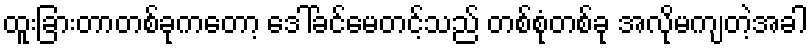
ထူးခြားတာတစ်ခုကတော့ ဒေါ်ခင်မေတင့်သည် တစ်စုံတစ်ခု အလိုမကျတဲ့အခါ